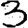
Digit: 3